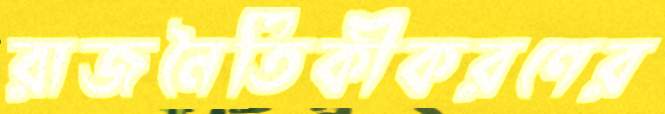
রাজনৈতিকীকরণের